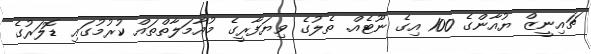
ޗައިނީޒް ޔުއާންގެ 100 އިގެ ނޫޓެއް. ތެލުގެ ވިޔަފާރީގެ މުއާމަލާތްތައް ކުރުމުގައި ޑޮލަރުގެ